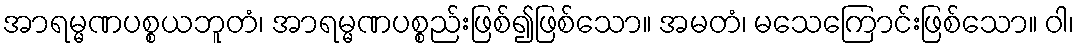
အာရမ္မဏပစ္စယဘူတံ၊ အာရမ္မဏပစ္စည်းဖြစ်၍ဖြစ်သော။ အမတံ၊ မသေကြောင်းဖြစ်သော။ ဝါ၊